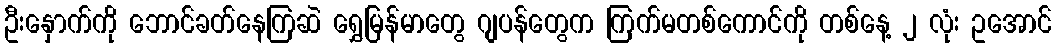
ဦးနှောက်ကို ဘောင်ခတ်နေကြဆဲ ရွှေမြန်မာတွေ ဂျပန်တွေက ကြက်မတစ်ကောင်ကို တစ်နေ့ ၂ လုံး ဥအောင်